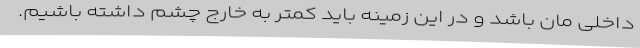
داخلی ‌مان باشد و در این زمینه باید کمتر به خارج چشم داشته باشیم.